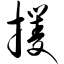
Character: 攫